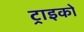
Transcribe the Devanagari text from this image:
ट्राइको